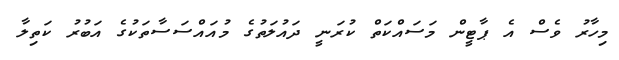
މިހާރު ވެސް އެ ޕާޓީން މަސައްކަތް ކުރަނީ ދައުލަތުގެ މުއައްސަސާތަކުގެ އަބުރު ކަތިލާ